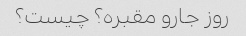
روز جارو مقبره؟ چیست؟